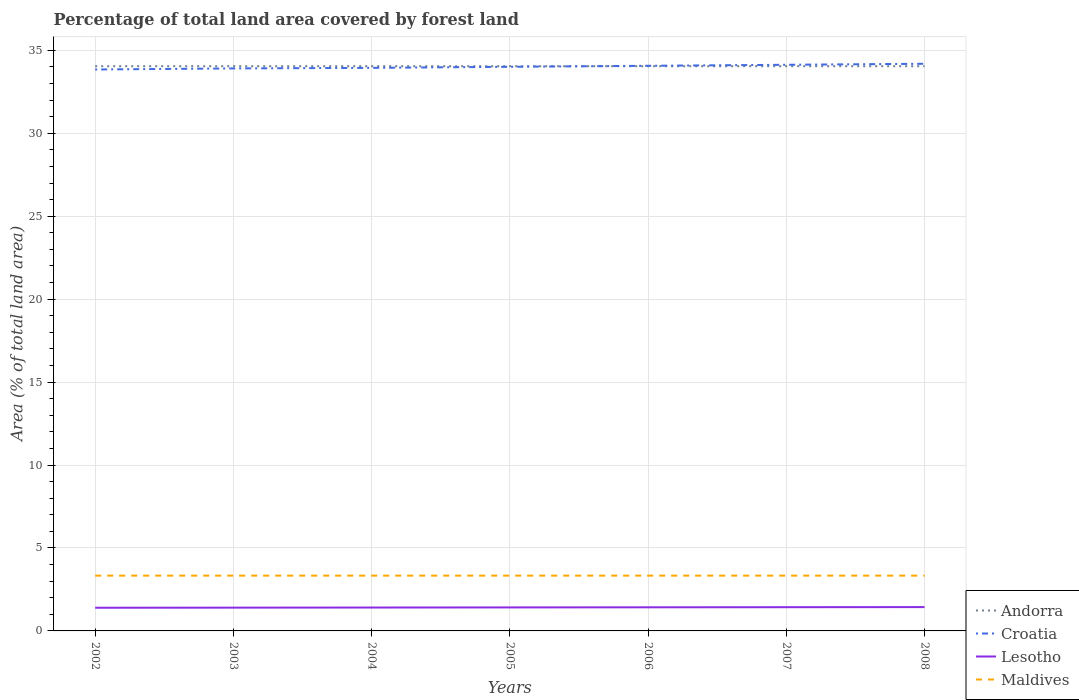
| Years | Andorra | Croatia | Lesotho | Maldives |
 | --- | --- | --- | --- | --- |
 | 2002 | 34 | 33.8 | 1.4 | 3.33 |
 | 2003 | 34 | 33.9 | 1.4 | 3.33 |
 | 2004 | 34 | 33.9 | 1.41 | 3.33 |
 | 2005 | 34 | 34 | 1.42 | 3.33 |
 | 2006 | 34 | 34.1 | 1.42 | 3.33 |
 | 2007 | 34 | 34.1 | 1.43 | 3.33 |
 | 2008 | 34 | 34.2 | 1.44 | 3.33 |